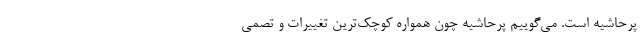
پرحاشیه است. می‌گوییم پرحاشیه چون همواره کوچک‌ترین تغییرات و تصمی